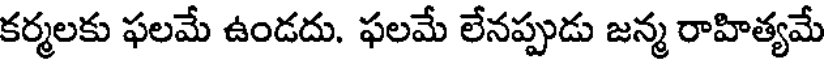
కర్మలకు ఫలమే ఉండదు. ఫలమే లేనప్పుడు జన్మ రాహిత్యమే